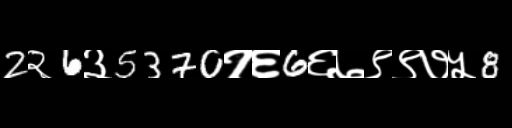
Text: 2२6३5370१६6६७९९७५8